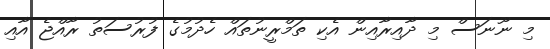
މި ނޫނަސް މި ދާއިރާއިން އެކި ތަމްރީނުތައް ހެދުމުގެ ފުރުސަތު ރާއްޖެ އާއި